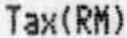
TAX(RM)